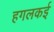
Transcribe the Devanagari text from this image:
हगलकई